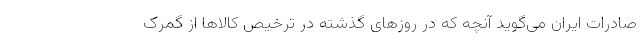
صادرات ایران می‌گوید آنچه که در روزهای گذشته در ترخیص کالاها از گمرک